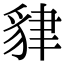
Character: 貄